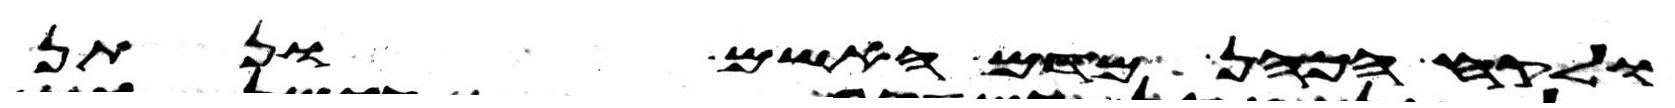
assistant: ולקח הכהן מדם האשם ונתן